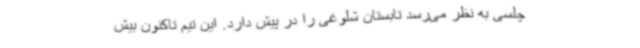
چلسی به نظر می‌رسد تابستان شلوغی را در پیش دارد. این تیم تاکنون بیش